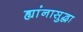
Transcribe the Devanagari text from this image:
ह्यांनासुद्धा